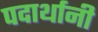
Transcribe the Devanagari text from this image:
पदार्थानी